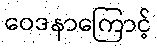
ဝေဒနာကြောင့်